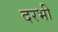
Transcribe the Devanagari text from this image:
दरभी